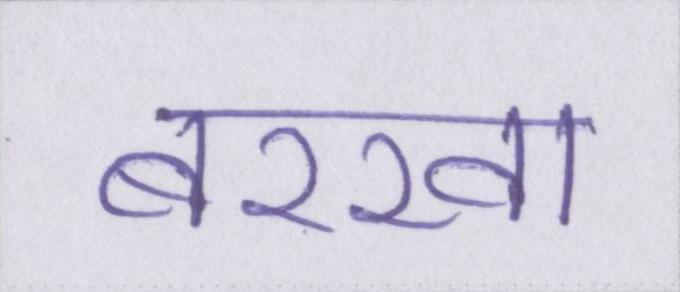
बरखा